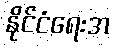
နိုင်ငံရေးအ